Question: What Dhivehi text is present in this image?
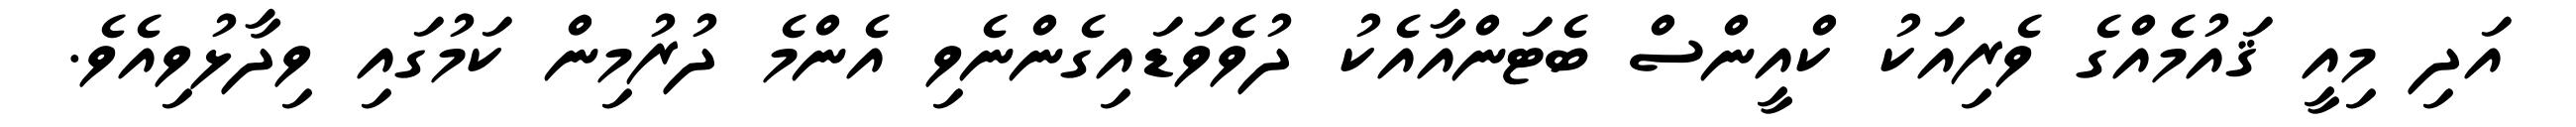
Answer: އަދި މިއީ ޤައުމެއްގެ ވެރިއަކު ކްއީންސް ބެޓަންއާއެކު ދުވެވަޑައިގެންނެވި އެންމެ ދުރުމިން ކަމުގައި ވިދާޅުވިއެވެ.